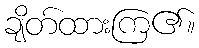
ချိတ်ထားကြ၏။